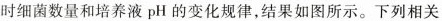
时细菌数量和培养液pH的变化规律，结果如图所示。下列相关